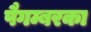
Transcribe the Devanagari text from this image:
पैगम्बरका